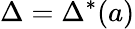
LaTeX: \Delta=\Delta^{*}(a)